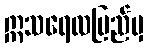
ဣသရေလပြည်မှ